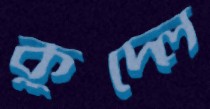
কুদ্‌লে